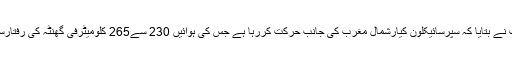
محکمہ موسمیات نے بتایا کہ سپرسائیکلون کیارشمال مغرب کی جانب حرکت کررہا ہے جس کی ہوائیں 230 سے265 کلومیٹرفی گھنٹہ کی رفتارسے چل رہی ہیں۔